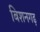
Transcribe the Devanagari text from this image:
बिशनगढ़